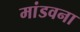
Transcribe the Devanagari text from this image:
मांडवना